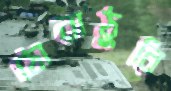
ঠোরাঠুরি